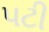
પટી